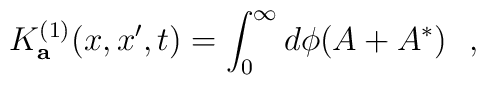
K^{(1)}_{\bf a}(x,x',t)=\int_0^\infty d\phi (A+A^*)~~,